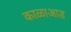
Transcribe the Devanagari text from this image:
काळाआड